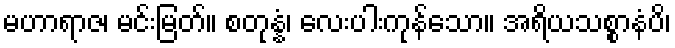
မဟာရာဇ၊ မင်းမြတ်။ စတုန္နံ၊ လေးပါးကုန်သော။ အရိယသစ္စာနံပိ၊